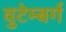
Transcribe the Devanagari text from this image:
वुटेम्बर्ग